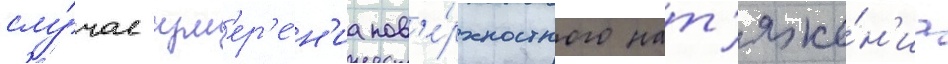
слу́чае изм'ер'е́н'иа пов'е́рхностного нат'яже́н'иа